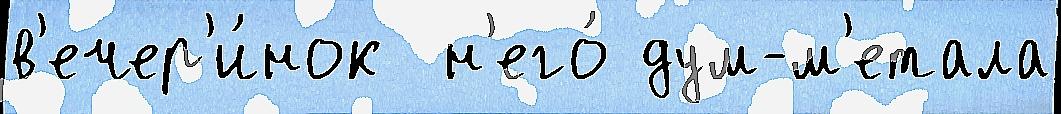
в'ечер'и́нок  н'его́ дум-м'етала